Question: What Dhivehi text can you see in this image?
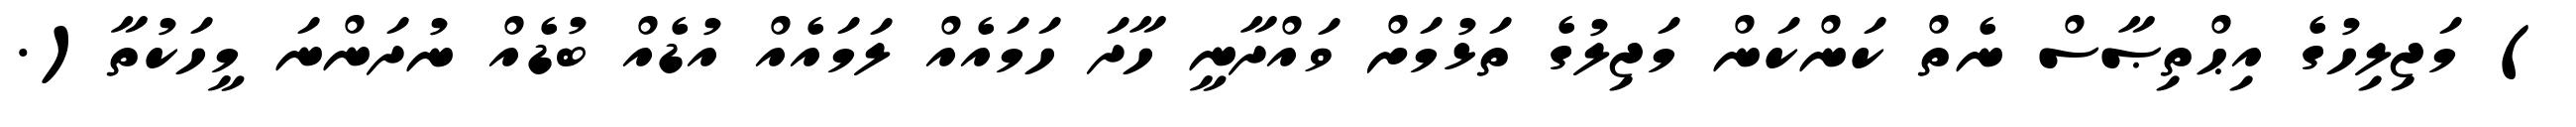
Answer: ) މަޖިލިހުގެ އިޙްތިޞާސް ނެތް ކަންކަން މަޖިލުގެ ތަޅުމަށް ވައްދާނީ ހާދަ ހަމައެއް ލަމައެއް އުޑެއް ބުޑެއް ނުދަންނަ މީހަކުތާ(.